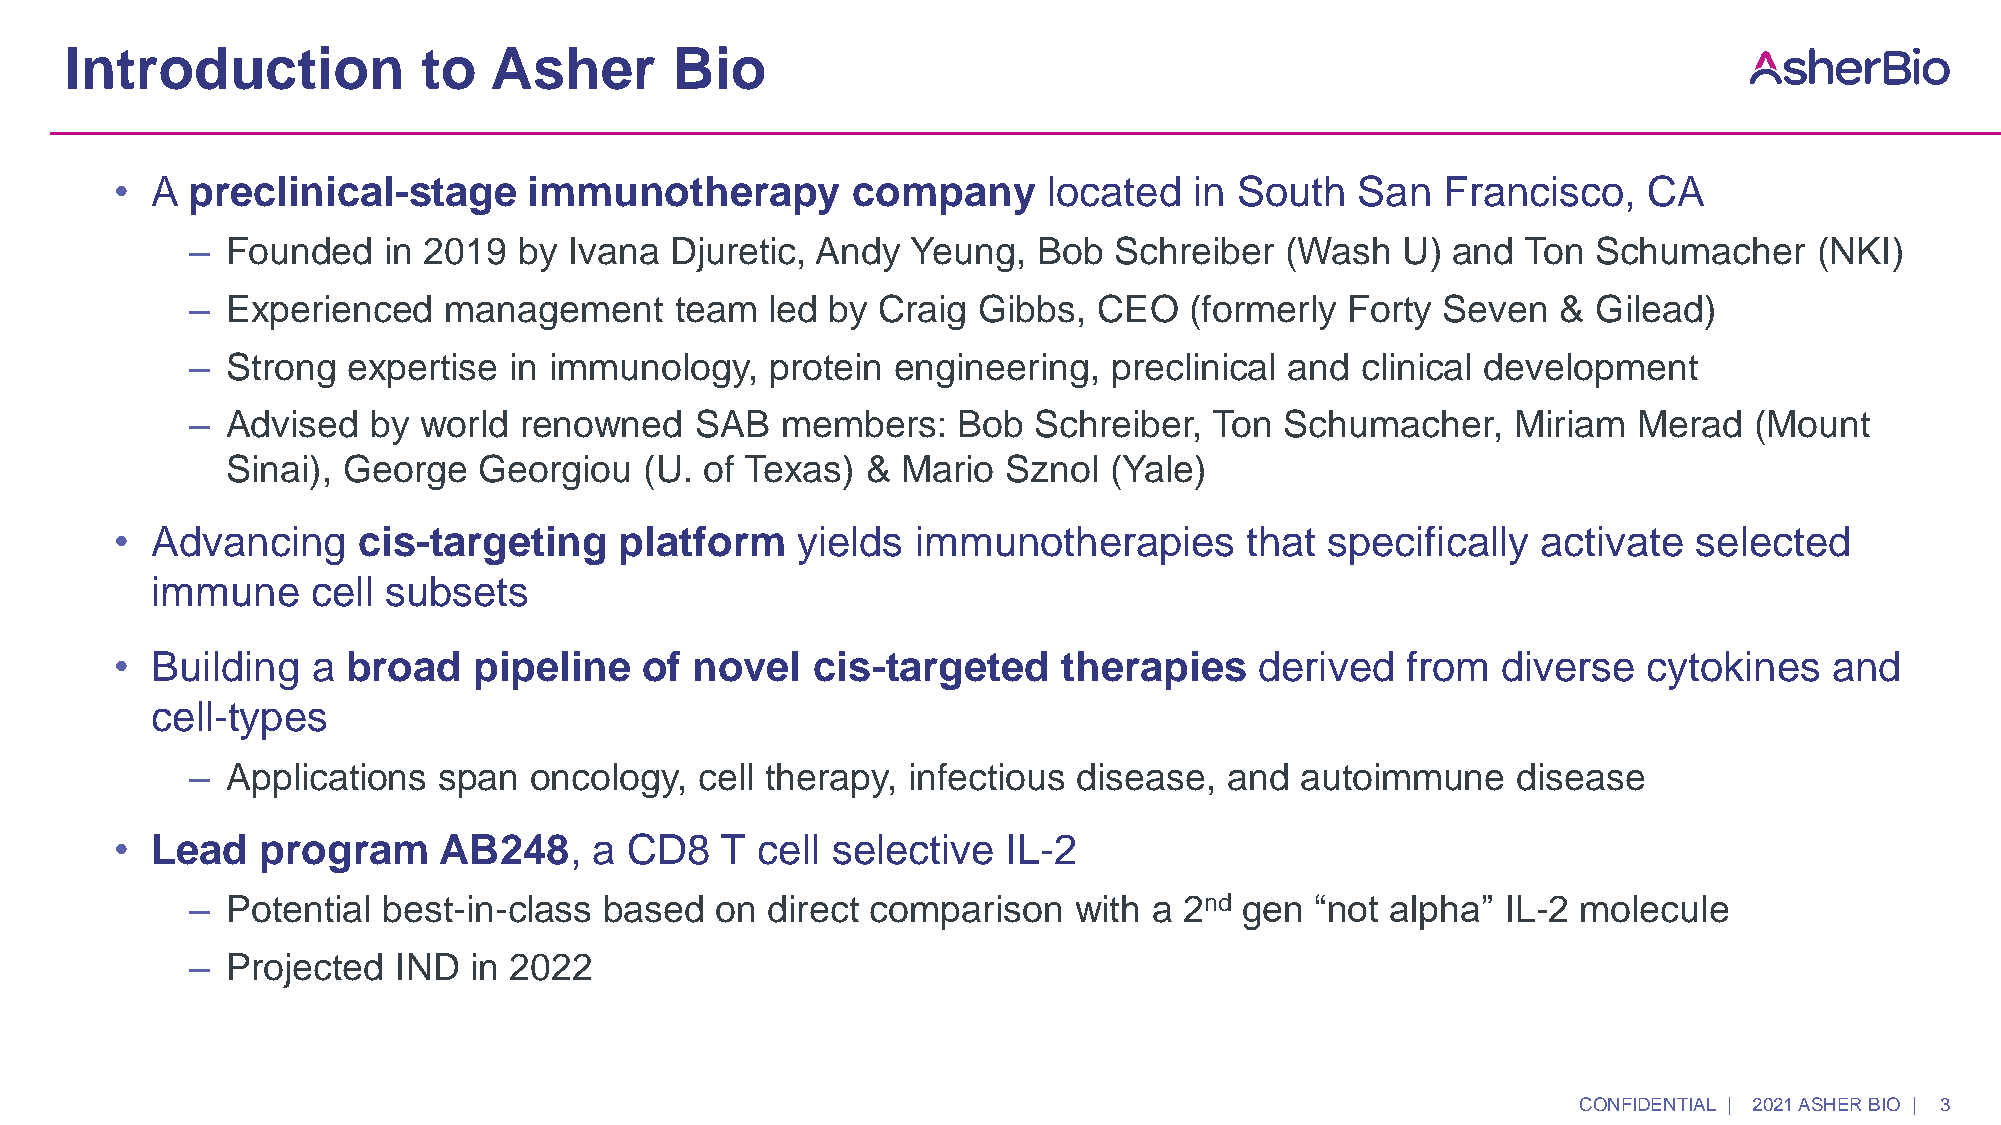
Introduction            to  Asher       Bio
 • A preclinical-stage      immunotherapy        company      located   in South   San   Francisco,   CA
 ‒  Founded   in 2019  by  Ivana Djuretic, Andy  Yeung,   Bob  Schreiber  (Wash   U) and  Ton  Schumacher    (NKI)
 ‒  Experienced   management      team  led by Craig  Gibbs,  CEO   (formerly Forty  Seven  &  Gilead)
 ‒  Strong  expertise  in immunology,   protein engineering,   preclinical and clinical development
 ‒  Advised  by  world renowned    SAB   members:   Bob  Schreiber,  Ton  Schumacher,    Miriam  Merad   (Mount
 Sinai), George   Georgiou   (U. of Texas) &  Mario  Sznol (Yale)
 • Advancing     cis-targeting    platform    yields  immunotherapies      that  specifically  activate  selected
 immune     cell subsets
 • Building   a broad   pipeline    of novel   cis-targeted    therapies    derived   from  diverse   cytokines   and
 cell-types
 ‒  Applications  span  oncology,  cell therapy, infectious disease,  and  autoimmune    disease
 • Lead   program     AB248,    a CD8    T cell selective   IL-2
 ‒  Potential best-in-class  based  on  direct comparison   with a 2nd gen  “not alpha”  IL-2 molecule
 ‒  Projected  IND  in 2022
 CONFIDENTIAL | 2021 ASHER BIO | 3